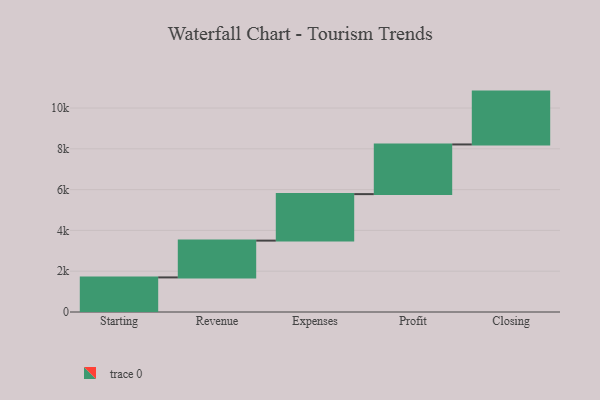
{"axis": {"x": "Step", "y": "Value"}, "legend": [""], "data": [{"x": "Starting", "y": 1696.0, "type": ""}, {"x": "Revenue", "y": 1804.0, "type": ""}, {"x": "Expenses", "y": 2279.0, "type": ""}, {"x": "Profit", "y": 2435.0, "type": ""}, {"x": "Closing", "y": 2591.0, "type": ""}]}